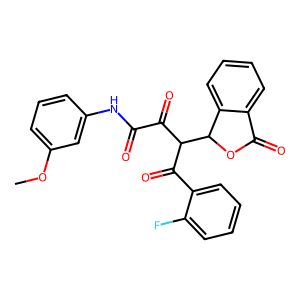
SMILES: COc1cccc(NC(=O)C(=O)C(C(=O)c2ccccc2F)C2OC(=O)c3ccccc32)c1
Inhibits HIV replication: No